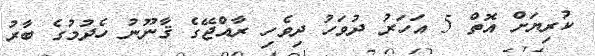
ކުރިޔަށް އޮތް 5 އަހަރު ދުވަހު ދިވެހި ރާއްޖޭގެ ޤާނޫނު ހެދުމުގެ ބާރު